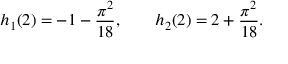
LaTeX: h _ { 1 } ( 2 ) = - 1 - { \frac { \pi ^ { 2 } } { 1 8 } } , \qquad h _ { 2 } ( 2 ) = 2 + { \frac { \pi ^ { 2 } } { 1 8 } } .